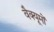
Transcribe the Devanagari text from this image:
वैक्यूमों